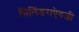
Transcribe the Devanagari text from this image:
सिलिंडराऐवजी